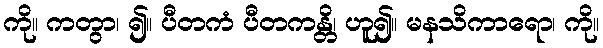
ကို။ ကတွာ၊ ၍။ ပီတကံ ပီတကန္တိ၊ ဟူ၍။ မနသိကာရော၊ ကို။